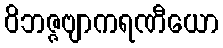
ဝိဘဇ္ဇဗျာကရဏီယော